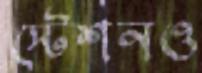
স্টেশনও